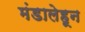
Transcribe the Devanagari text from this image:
मंडालेहून